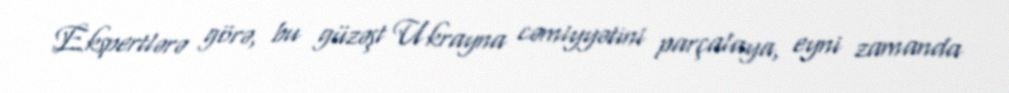
Ekspertlərə görə, bu güzəşt Ukrayna cəmiyyətini parçalaya, eyni zamanda